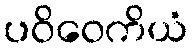
ပဝိဝေကိယံ